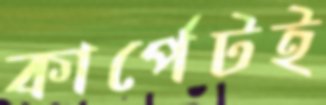
কার্পেটই